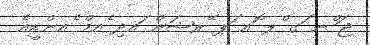
ޖަ ްނ ަގ ްލ ޮއ ަޕ ޭރޝަން ައދި ެއމް ެއންޑީއެ